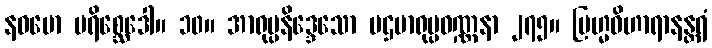
နဝမော ပရိစ္ဆေဒေါ။ ၁၀။ အာရုပ္ပနိဒ္ဒေသော ပဌမာရုပ္ပဝဏ္ဏနာ ၂၇၅။ ဗြဟ္မဝိဟာရာနန္တရံ